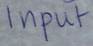
Text: Input